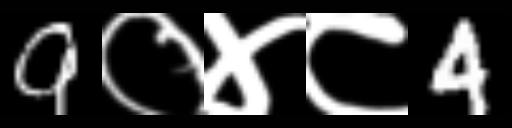
Text: 9०४८4